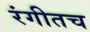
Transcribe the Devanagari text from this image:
रंगीतच